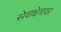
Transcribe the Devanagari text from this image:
सेवाक्षेत्रावर